Civil Veterinary Department Bihar reports 1940-50 - 1940-1950
Year: 1940
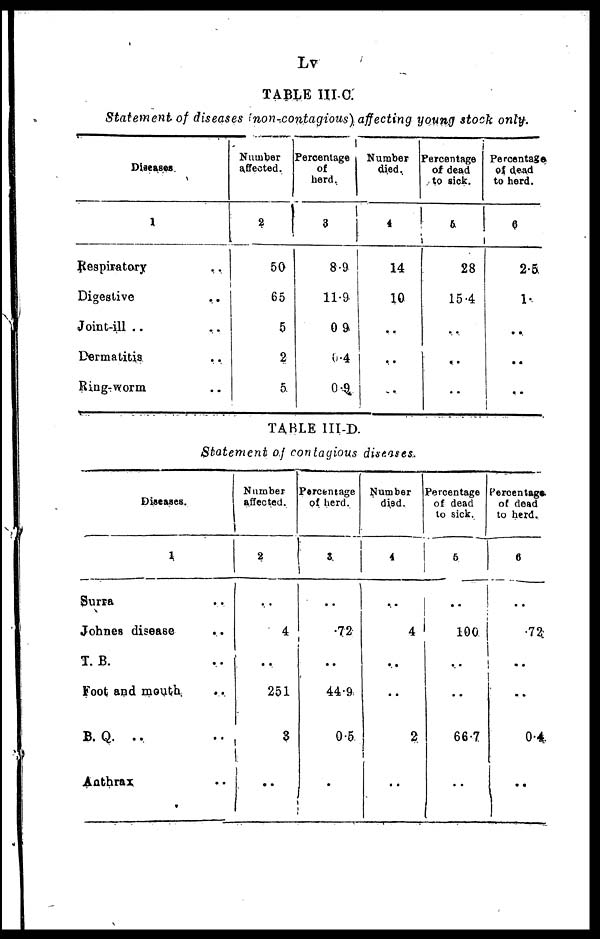
Lv
TABLE III-C.
Statement of diseases (non-contagious) affecting young stock only.
Diseases.
1
Respiratory..
Digestive ..
Joint-ill .. ..
Dermatitis ..
Ring-worm..
Number
affected.
2
50
65
5
2
5
Percentage
of
herd.
3
8.9
11.9
0 9
6.4
0.9
Number
died.
4
14
10
..
…
..
Percentage
of dead
to sick.
5
28
15.4
..
..
..
Percentage.
of dead
to herd.
6
2.5
1.
..
..
..
TABLE III-D.
Statement of contagious diseases.
Diseases.
1
Surra ..
Johnes disease ..
T. B. ..
Foot and mouth ..
B. Q. .. ..
Anthrax ..
Number
affected.
2
..
4
..
251
...
..
Percentage
of herd.
3
..
.72
..
44.9
0.5
..
Number
died.
4
..
4
..
..
2
..
Percentage
of dead
to sick.
5
..
100
..
..
66.7
..
Percentage.
of dead
to herd.
6
..
.72
..
..
0.4
..